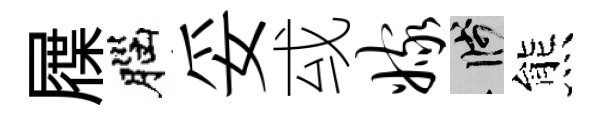
屧腦妥㦯嫁箋熊